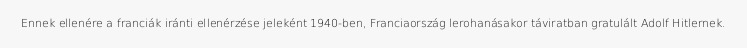
Ennek ellenére a franciák iránti ellenérzése jeleként 1940-ben, Franciaország lerohanásakor táviratban gratulált Adolf Hitlernek.